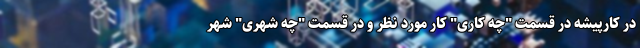
در کارپیشه در قسمت "چه کاری" کار مورد نظر و در قسمت "چه شهری" شهر